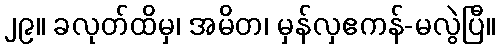
၂၉။ ခလုတ်ထိမှ၊ အမိတ၊ မှန်လှဧကန်-မလွဲပြီ။